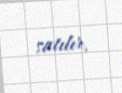
satılır.